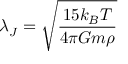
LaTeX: \lambda _ { J } = { \sqrt { \frac { 1 5 k _ { B } T } { 4 \pi G m \rho } } }